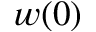
w ( 0 )